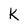
Character: K